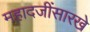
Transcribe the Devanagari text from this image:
महादजींसारखे